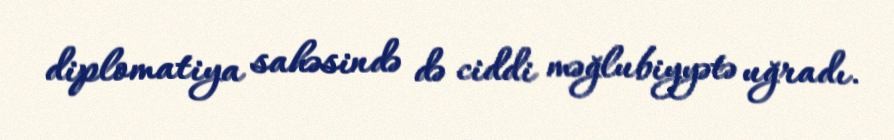
diplomatiya sahəsində də ciddi məğlubiyyətə uğradı.